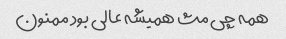
همه چی مث همیشه عالی بود ممنون